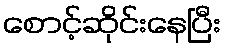
စောင့်ဆိုင်းနေပြီး